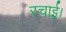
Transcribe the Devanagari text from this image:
रचाई।